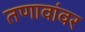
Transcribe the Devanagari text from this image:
तणावांवर